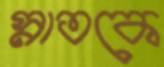
স্নাতকে